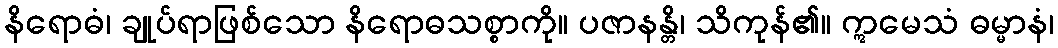
နိရောဓံ၊ ချုပ်ရာဖြစ်သော နိရောဓသစ္စာကို။ ပဇာနန္တိ၊ သိကုန်၏။ ဣမေသံ ဓမ္မာနံ၊